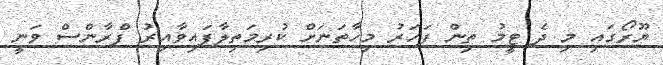
ޔޫރޯގައި މި ދެ ޓީމު ތިން ފަހަރު މިހާތަނަށް ކުރިމަތިލާފައިވާއިރު ފްރާންސް ވަނީ